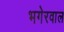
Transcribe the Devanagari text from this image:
भगेरवाल